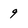
Character: 9